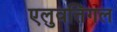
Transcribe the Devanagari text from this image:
एलुवत्तिंगल